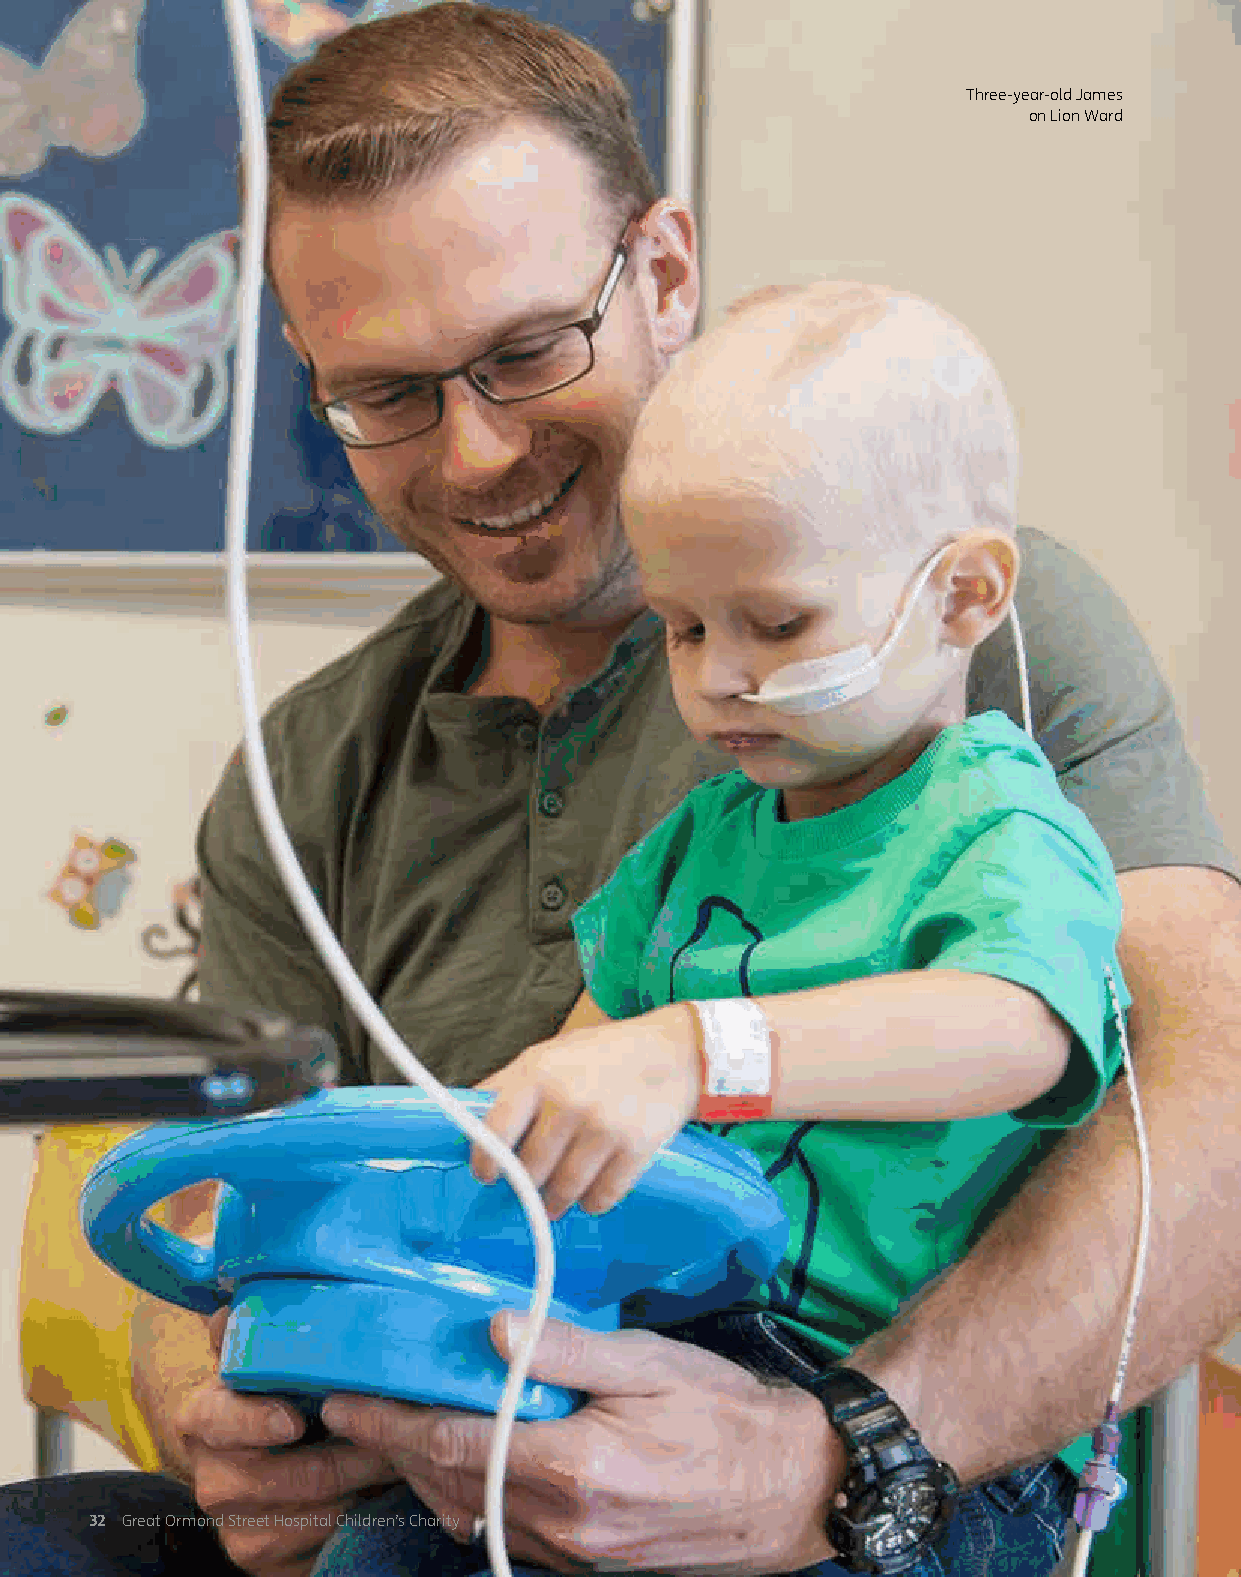
Three-year-old James
 on Lion Ward
 32 Great Ormond Street Hospital Children’s Charity